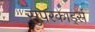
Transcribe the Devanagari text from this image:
सुपरकार्ड्स